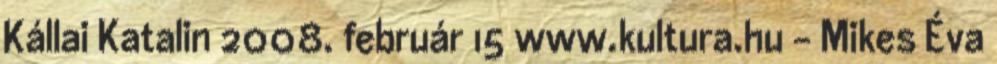
Kállai Katalin 2008. február 15 www.kultura.hu - Mikes Éva